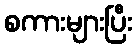
စကားများပြီး